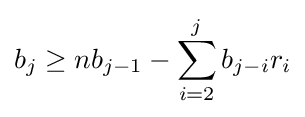
b_{j}\geq nb_{j-1}-\sum _{i=2}^{j}b_{j-i}r_{i}